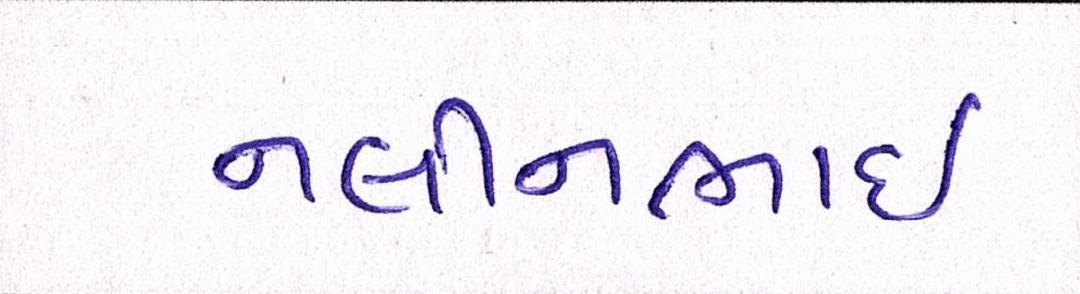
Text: નલીનભાઈ